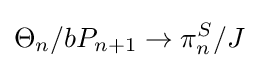
\Theta _{n}/bP_{n+1}\to \pi _{n}^{S}/J